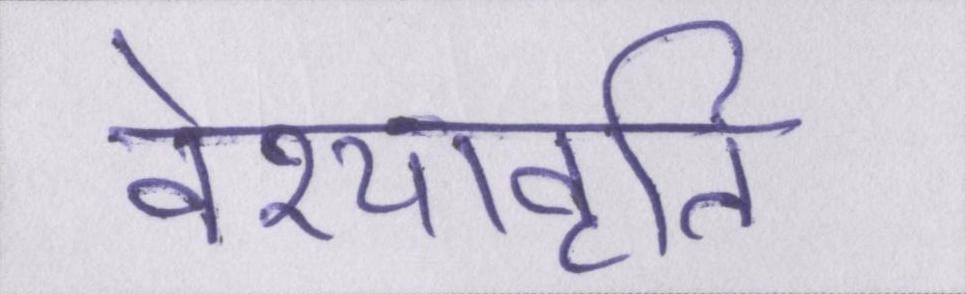
वेश्यावृति